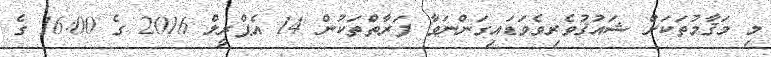
މި މަޤާމުތަކަށް ޝައުޤުވެރިވެވަޑައިގަންނަވާ ފަރާތްތަކުން 14 އެޕްރީލް 2016 ގެ 16:00 ގެ